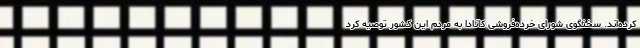
کرده‌اند. سخنگوی شورای خرده‌فروشی کانادا به مردم این کشور توصیه کرد